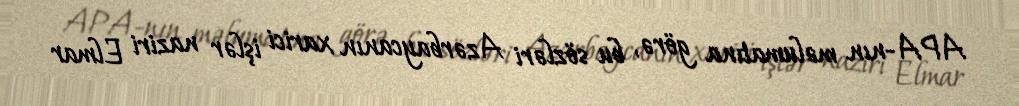
APA-nın məlumatına görə, bu sözləri Azərbaycanın xarici işlər naziri Elmar